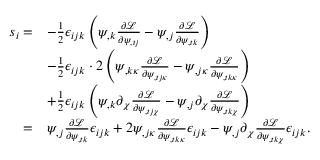
\begin{array} { r l } { s _ { i } = } & { - \frac 1 2 \epsilon _ { i j k } \left( \psi _ { , k } \frac { \partial \mathcal { L } } { \partial \psi _ { , t j } } - \psi _ { , j } \frac { \partial \mathcal { L } } { \partial \psi _ { , t k } } \right) } \\ & { - \frac 1 2 \epsilon _ { i j k } \cdot 2 \left( \psi _ { , k \kappa } \frac { \partial \mathcal { L } } { \partial \psi _ { , t j \kappa } } - \psi _ { , j \kappa } \frac { \partial \mathcal { L } } { \partial \psi _ { , t k \kappa } } \right) } \\ & { + \frac 1 2 \epsilon _ { i j k } \left( \psi _ { , k } \partial _ { \chi } \frac { \partial \mathcal { L } } { \partial \psi _ { , t j \chi } } - \psi _ { , j } \partial _ { \chi } \frac { \partial \mathcal { L } } { \partial \psi _ { , t k \chi } } \right) } \\ { = } & { \psi _ { , j } \frac { \partial \mathcal { L } } { \partial \psi _ { , t k } } \epsilon _ { i j k } + 2 \psi _ { , j \kappa } \frac { \partial \mathcal { L } } { \partial \psi _ { , t k \kappa } } \epsilon _ { i j k } - \psi _ { , j } \partial _ { \chi } \frac { \partial \mathcal { L } } { \partial \psi _ { , t k \chi } } \epsilon _ { i j k } . } \end{array}